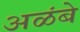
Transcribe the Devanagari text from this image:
अळंबे